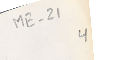
ME-21 4